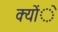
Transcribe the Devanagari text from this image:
क्योंे